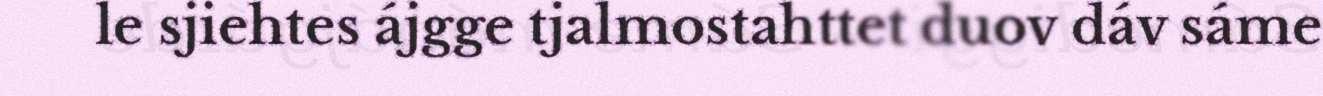
le sjiehtes ájgge tjalmostahttet duov dáv sáme